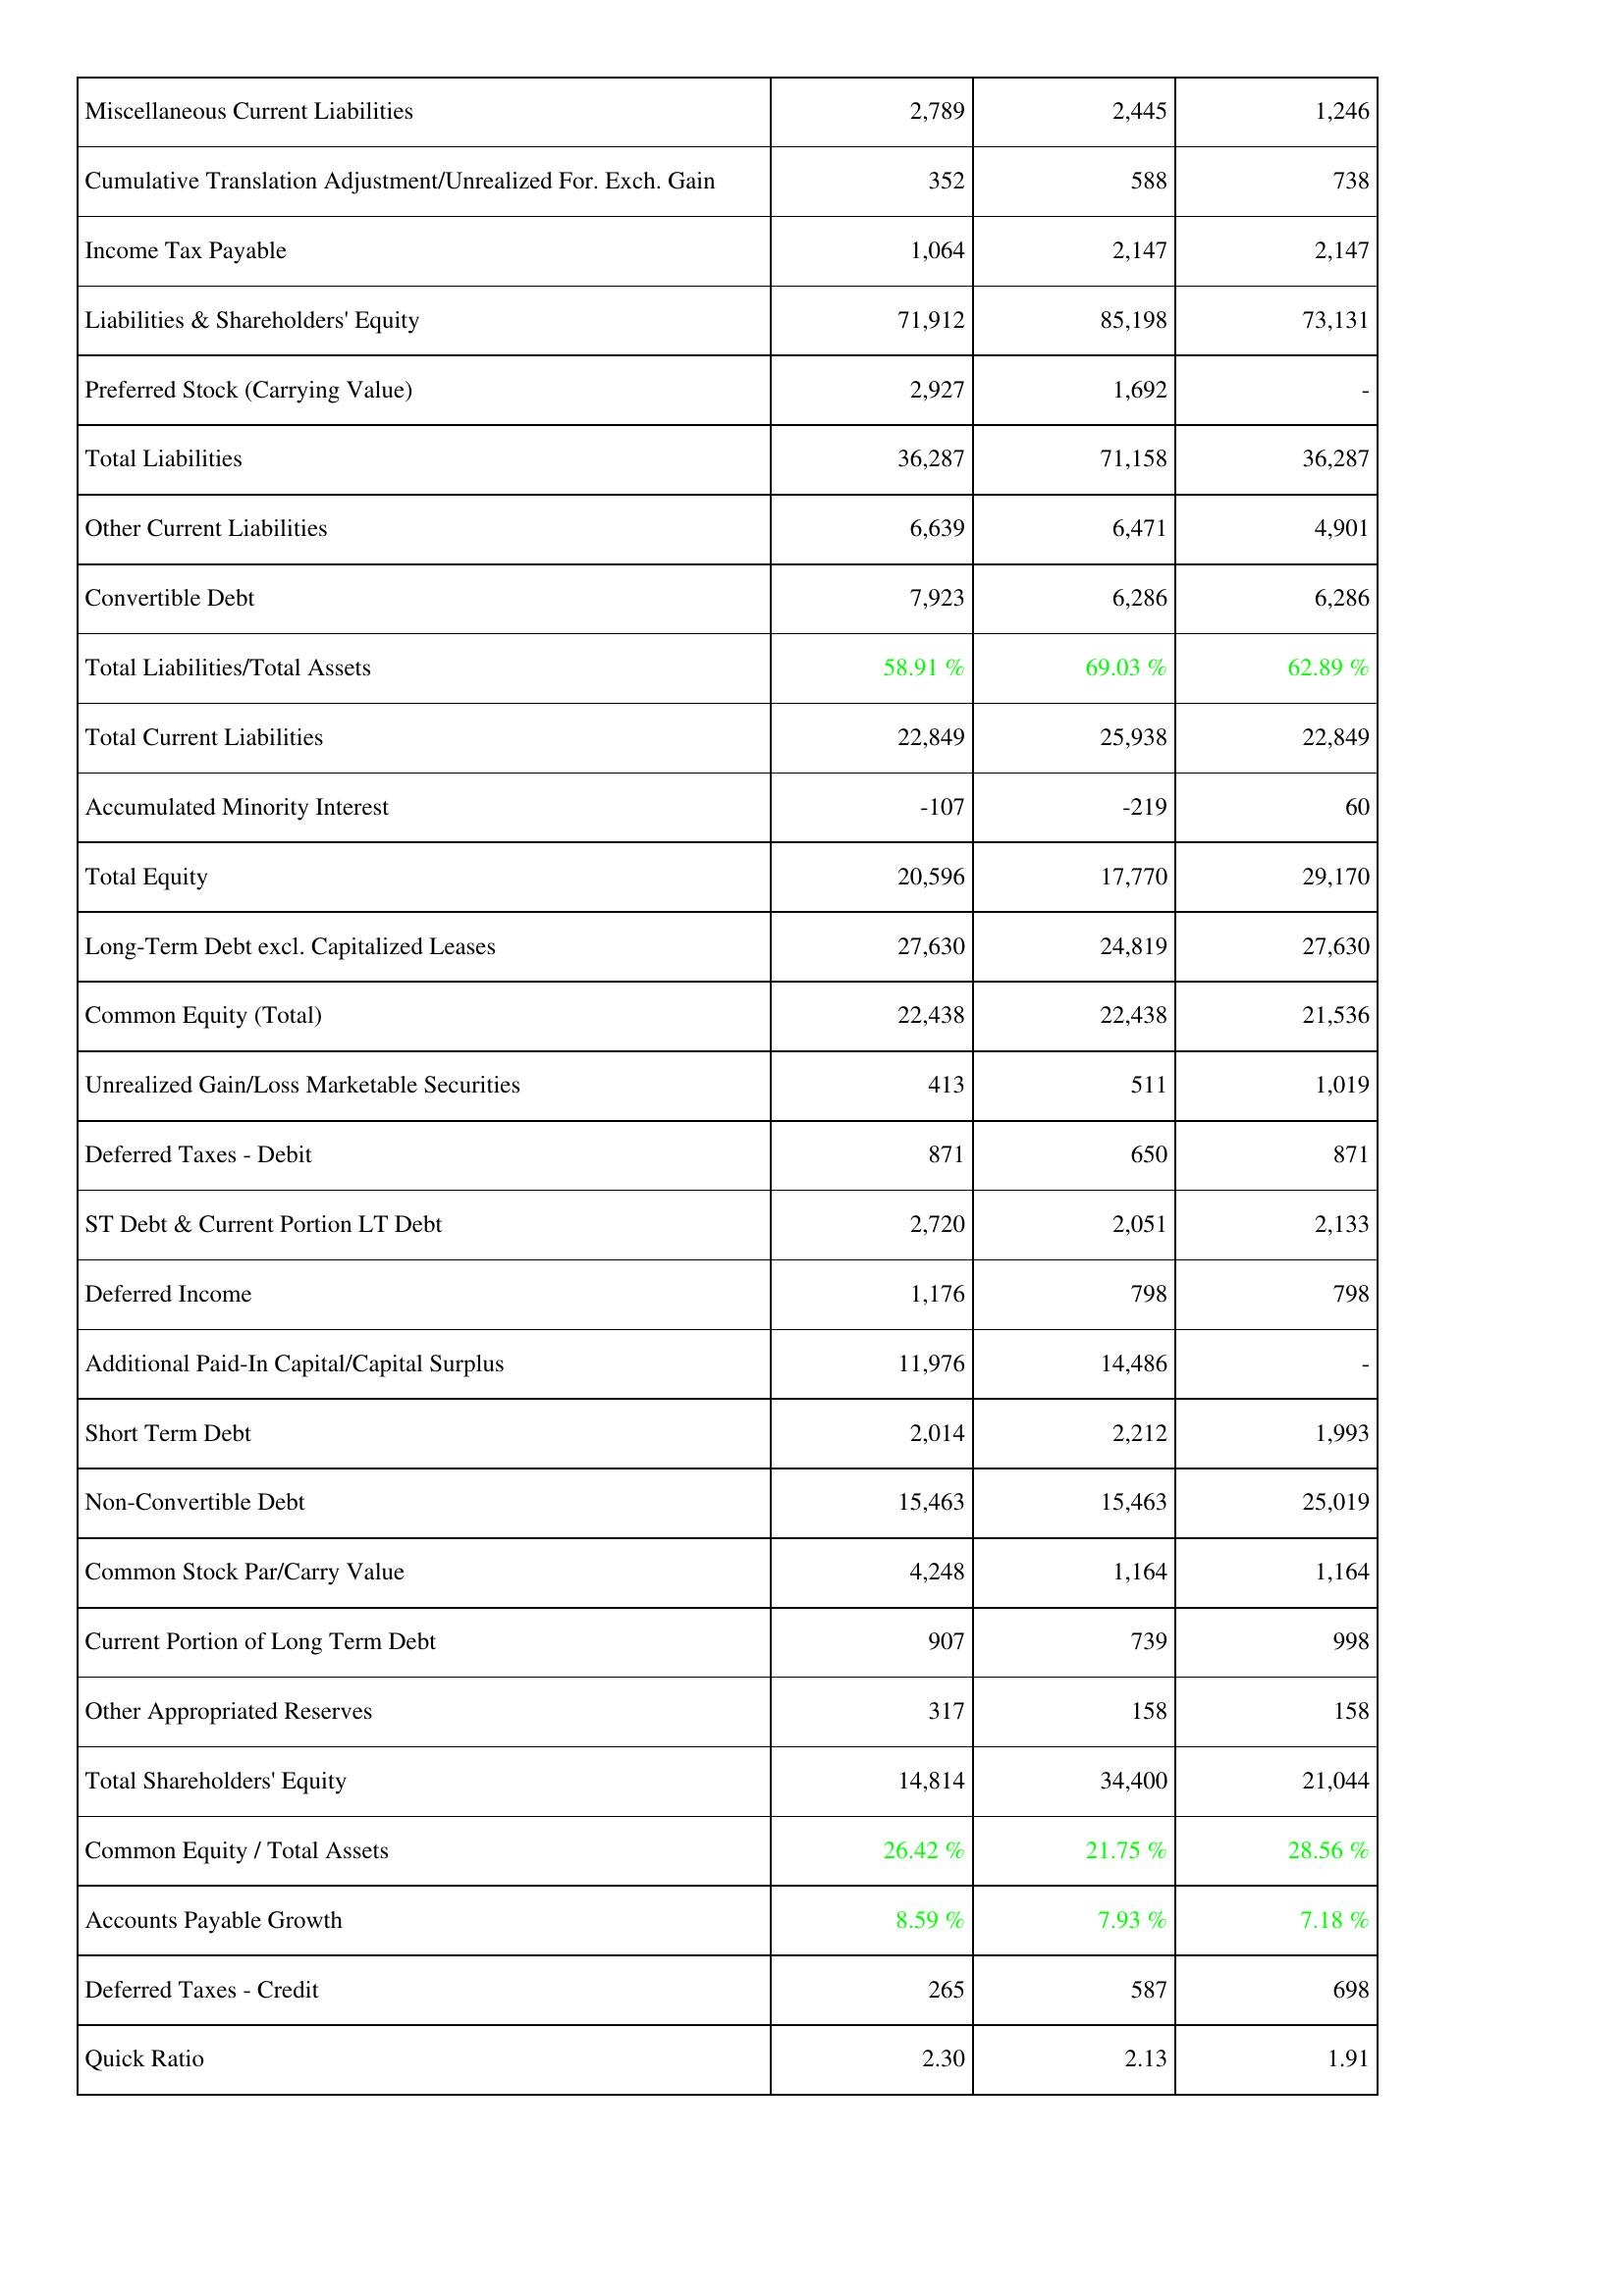
2018: Liabilities & Shareholders' Equity: Miscellaneous Current Liabilities: 2,789
Cumulative Translation Adjustment/Unrealized For. Exch. Gain: 352
Income Tax Payable: 1,064
Liabilities & Shareholders' Equity: 71,912
Preferred Stock (Carrying Value): 2,927
Total Liabilities: 36,287
Other Current Liabilities: 6,639
Convertible Debt: 7,923
Total Liabilities/Total Assets: 58.91 %
Total Current Liabilities: 22,849
Accumulated Minority Interest: -107
Total Equity: 20,596
Long-Term Debt excl. Capitalized Leases: 27,630
Common Equity (Total): 22,438
Unrealized Gain/Loss Marketable Securities: 413
Deferred Taxes - Debit: 871
ST Debt & Current Portion LT Debt: 2,720
Deferred Income: 1,176
Additional Paid-In Capital/Capital Surplus: 11,976
Short Term Debt: 2,014
Non-Convertible Debt: 15,463
Common Stock Par/Carry Value: 4,248
Current Portion of Long Term Debt: 907
Other Appropriated Reserves: 317
Total Shareholders' Equity: 14,814
Common Equity / Total Assets: 26.42 %
Accounts Payable Growth: 8.59 %
Deferred Taxes - Credit: 265
Quick Ratio: 2.30
2017: Liabilities & Shareholders' Equity: Miscellaneous Current Liabilities: 2,445
Cumulative Translation Adjustment/Unrealized For. Exch. Gain: 588
Income Tax Payable: 2,147
Liabilities & Shareholders' Equity: 85,198
Preferred Stock (Carrying Value): 1,692
Total Liabilities: 71,158
Other Current Liabilities: 6,471
Convertible Debt: 6,286
Total Liabilities/Total Assets: 69.03 %
Total Current Liabilities: 25,938
Accumulated Minority Interest: -219
Total Equity: 17,770
Long-Term Debt excl. Capitalized Leases: 24,819
Common Equity (Total): 22,438
Unrealized Gain/Loss Marketable Securities: 511
Deferred Taxes - Debit: 650
ST Debt & Current Portion LT Debt: 2,051
Deferred Income: 798
Additional Paid-In Capital/Capital Surplus: 14,486
Short Term Debt: 2,212
Non-Convertible Debt: 15,463
Common Stock Par/Carry Value: 1,164
Current Portion of Long Term Debt: 739
Other Appropriated Reserves: 158
Total Shareholders' Equity: 34,400
Common Equity / Total Assets: 21.75 %
Accounts Payable Growth: 7.93 %
Deferred Taxes - Credit: 587
Quick Ratio: 2.13
2016: Liabilities & Shareholders' Equity: Miscellaneous Current Liabilities: 1,246
Cumulative Translation Adjustment/Unrealized For. Exch. Gain: 738
Income Tax Payable: 2,147
Liabilities & Shareholders' Equity: 73,131
Preferred Stock (Carrying Value): -
Total Liabilities: 36,287
Other Current Liabilities: 4,901
Convertible Debt: 6,286
Total Liabilities/Total Assets: 62.89 %
Total Current Liabilities: 22,849
Accumulated Minority Interest: 60
Total Equity: 29,170
Long-Term Debt excl. Capitalized Leases: 27,630
Common Equity (Total): 21,536
Unrealized Gain/Loss Marketable Securities: 1,019
Deferred Taxes - Debit: 871
ST Debt & Current Portion LT Debt: 2,133
Deferred Income: 798
Additional Paid-In Capital/Capital Surplus: -
Short Term Debt: 1,993
Non-Convertible Debt: 25,019
Common Stock Par/Carry Value: 1,164
Current Portion of Long Term Debt: 998
Other Appropriated Reserves: 158
Total Shareholders' Equity: 21,044
Common Equity / Total Assets: 28.56 %
Accounts Payable Growth: 7.18 %
Deferred Taxes - Credit: 698
Quick Ratio: 1.91